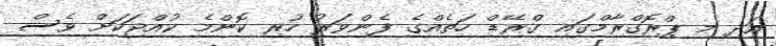
އަދި މި ޕްރޮގްރާމްގައި ގްރޭޑް ހަތެއްގެ ފެންވަރު ހުރި ކޮންމެ ކުއްޖަކަށް ވެސް